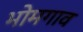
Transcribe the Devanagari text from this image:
भोमगाव